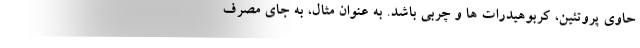
حاوی پروتئین، کربوهیدرات ها و چربی باشد. به عنوان مثال، به جای مصرف